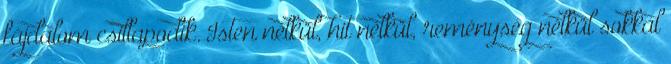
fájdalom csillapodik. Isten nélkül, hit nélkül, reménység nélkül sokkal